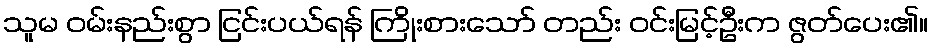
သူမ ဝမ်းနည်းစွာ ငြင်းပယ်ရန် ကြိုးစားသော် တည်း ဝင်းမြင့်ဦးက ဇွတ်ပေး၏။